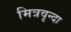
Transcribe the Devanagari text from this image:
मित्रवृन्दा